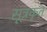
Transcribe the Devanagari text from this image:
सूत्रकृत